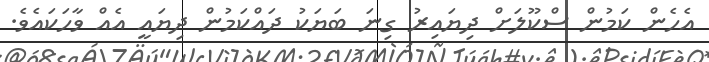
އެހެން ކަމުން ސްކޫލަށް ދިޔައިރު ގިނަ ބަޔަކު ދައްކަމުން ދިޔައީ އެއް ވާހަކައެވެ.